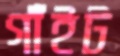
গাঁইট